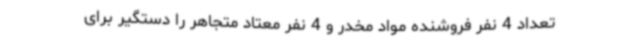
تعداد 4 نفر فروشنده مواد مخدر و 4 نفر معتاد متجاهر را دستگیر برای